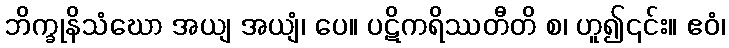
ဘိက္ခုနိသံဃော အယျ အယျံ၊ ပေ။ ပဋိကရိဿတီတိ စ၊ ဟူ၍၎င်း။ ဧဝံ၊